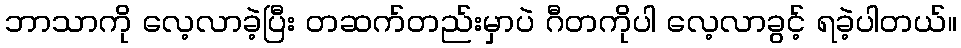
ဘာသာကို လေ့လာခဲ့ပြီး တဆက်တည်းမှာပဲ ဂီတကိုပါ လေ့လာခွင့် ရခဲ့ပါတယ်။